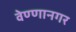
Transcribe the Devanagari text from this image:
वेण्णानगर